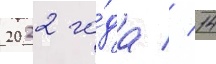
2022 го́да // 14